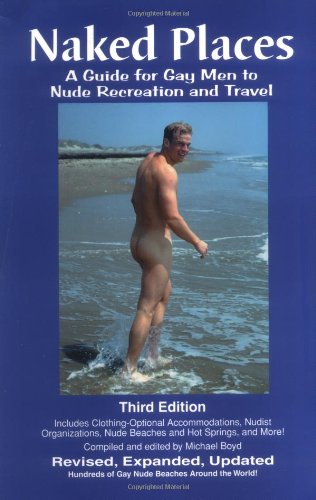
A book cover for Naked Places, A Guide for Gay Men to Nude Recreation and Travel, Third Edition; Michael Boyd; Gay & Lesbian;